Burma Government Medical School reports 1923-41
Year: 1923
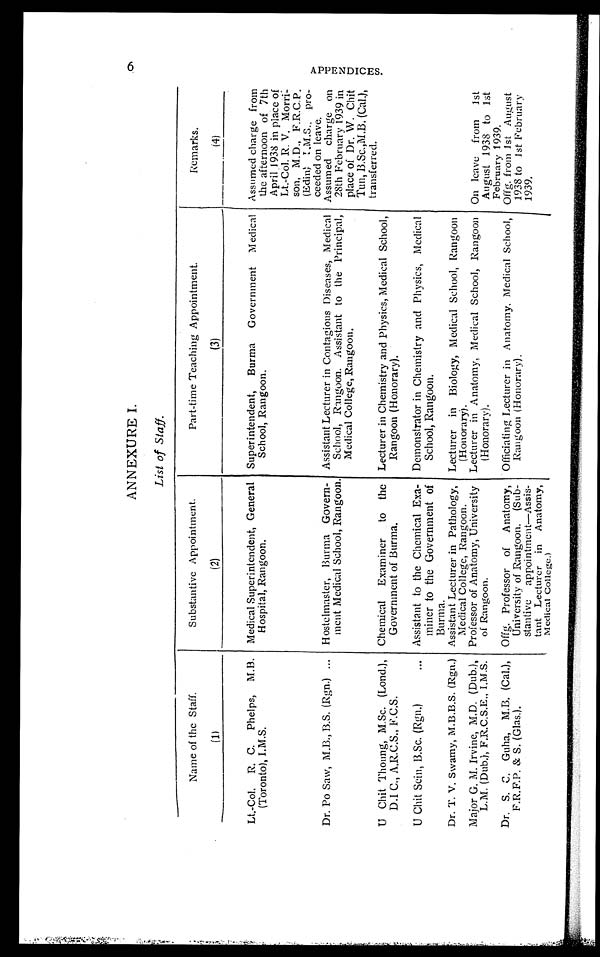
ANNEXURE I.
6
List of Staff.
Name of the Staff.
(1)
Substantive Appointment.
(2)
Part-time Teaching Appointment.
(3)
Remarks.
(4)
Lt.-Col. R .C. Phelps, M.B.
(Toronto), I.M.S.
Medical Superintendent, General
Hospital, Rangoon.
Superintendent, Burma Government Medical
School, Rangoon.
Assumed charge from
the afternoon of 7th
April 1938 in place of
Lt.-Col. R. V. Morri-
son, M.D., F.R.C.P.
(Edin) I.M.S., pro-
ceeded on leave.
Dr. Po Saw, M.B., B.S. (Rgn.)
Hostelmaster, Burma Govern-
ment Medical School, Rangoon.
Assistant Lecturer in Contagious Diseases, Medical
School, Rangoon. Assistant to the Principal,
Medical College, Rangoon.
Assumed charge on
28th February 1939 in
place of Dr. W. Chit
Tun, B.Sc.,M.B. (Cal.),
transferred.
U Chit Th oung, M,Sc. (Lond.),
D.I C., A.R.C.S., F.C.S.
Chemical Examiner
to the
Government of Burma.
Lecturer in Chemistry and Physics, Medical School,
Rangoon (Honorary).
U Chit Scin, B.Sc. (Rgn.)
Assistant to the Chemical Exa-
miner to the Government of
Burma.
Demonstrator in Chemistry and Physics, Medical
School, Rangoon.
Dr. T. V. Swamy, M.B.B.S. (Rgn.)
Major G. M. Irvine, M.D. (Dub.),
L.M. (Dub.), F.R.C.S.E., I.M.S.
Assistant Lecturer in Pathology,
Medical College, Rangoon.
Professor of Anatomy, University
of Rangoon.
Lecturer in Biology, Medical School, Rangoon
(Honorary).
Lecturer in Anatomy, Medical School, Rangoon
(Honorary).
On leave from 1st
August 1938 to 1st
February 1939.
Dr. S.C. Guha, M.B. (Cal.),
F.R.F.P. & S. (Glas.).
Offg. Professor of Anatomy,
University of Rangoon. (Sub-
stantive appointment—Assis-
tant Lecturer in Anatomy,
Medical College.)
Officiating Lecturer in Anatomy, Medical School,
Rangoon (Honorary).
Offg. from 1st August
1938 to 1st February
1939.